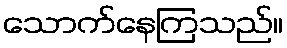
သောက်နေကြသည်။